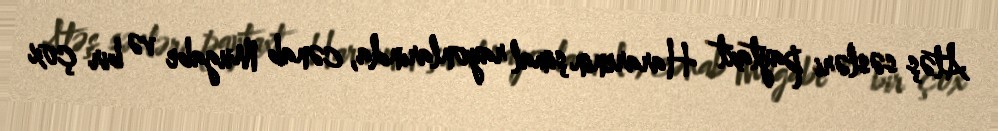
Atəş səsləri paytaxt Hararenin şimal rayonlarında, cənab Mugabe və bir çox